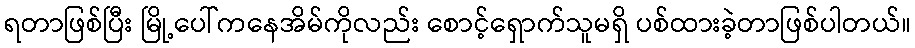
ရတာဖြစ်ပြီး မြို့ပေါ်ကနေအိမ်ကိုလည်း စောင့်ရှောက်သူမရှိ ပစ်ထားခဲ့တာဖြစ်ပါတယ်။